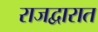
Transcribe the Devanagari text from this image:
राजद्वारात